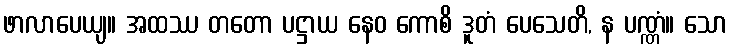
ဖာလာပေယျ။ အထဿ တတော ပဋ္ဌာယ နေဝ ကောစိ ဒူတံ ပေသေတိ, န ပဏ္ဏံ။ သော